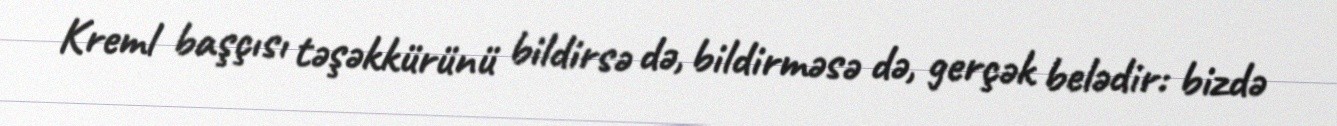
Kreml başçısı təşəkkürünü bildirsə də, bildirməsə də, gerçək belədir: bizdə